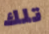
تلك